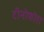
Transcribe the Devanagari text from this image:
टीनोफोरा